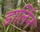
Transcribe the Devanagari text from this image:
डार्लिन